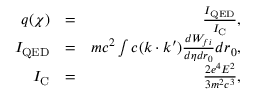
\begin{array} { r l r } { q ( \chi ) } & { = } & { \frac { I _ { \mathrm { Q E D } } } { I _ { \mathrm { C } } } , } \\ { I _ { \mathrm { Q E D } } } & { = } & { m c ^ { 2 } \int c ( k \cdot k ^ { \prime } ) \frac { d W _ { f i } } { d \eta d r _ { 0 } } d r _ { 0 } , } \\ { I _ { \mathrm { C } } } & { = } & { \frac { 2 e ^ { 4 } E ^ { 2 } } { 3 m ^ { 2 } c ^ { 3 } } , } \end{array}